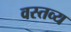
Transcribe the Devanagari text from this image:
वस्तव्य